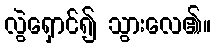
လွဲရှောင်၍ သွားလေ၏။